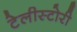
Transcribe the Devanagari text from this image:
टेलीस्टोरी